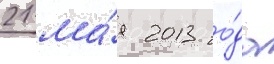
21 ма́я 2013 го́да